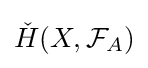
{\check {H}}(X,{\mathcal {F}}_{A})